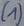
Text: (1)